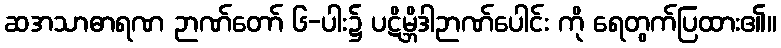
ဆအသာဓာရဏ ဉာဏ်တော် ၆-ပါး၌ ပဋိမ္ဘိဒါဉာဏ်ပေါင်း ကို ရေတွက်ပြထား၏။